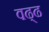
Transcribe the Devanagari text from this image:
वढ्ढ